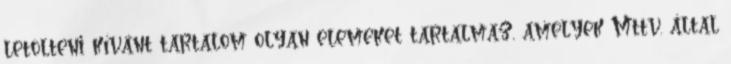
letölteni kívánt tartalom olyan elemeket tartalmaz, amelyek Mttv. által